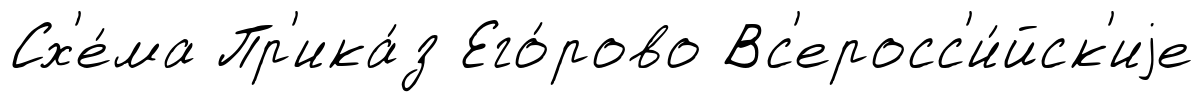
Сх'е́ма Пр'ика́з Его́рово Вс'еросс'и́йск'иjе